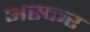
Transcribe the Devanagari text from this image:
अस्कर